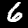
Label: 6